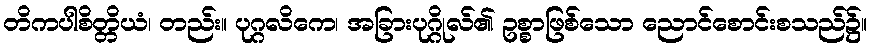
တိကပါစိတ္တိယံ၊ တည်း။ ပုဂ္ဂလိကေ၊ အခြားပုဂ္ဂိုလ်၏ ဥစ္စာဖြစ်သော ညောင်စောင်းစသည်၌။